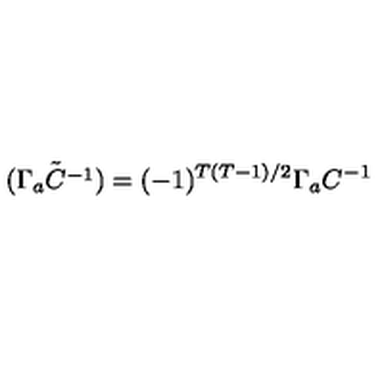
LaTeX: { \tilde { ( \Gamma _ { a } C ^ { - 1 } ) } } = ( - 1 ) ^ { T ( T - 1 ) / 2 } \Gamma _ { a } C ^ { - 1 }